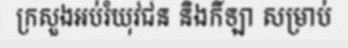
ក្រសួងអប់រំយុវជន និងកីឡា សម្រាប់